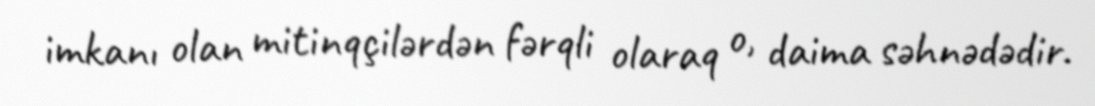
imkanı olan mitinqçilərdən fərqli olaraq o, daima səhnədədir.